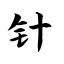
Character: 针